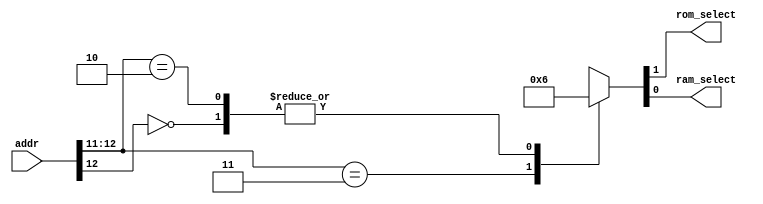
`timescale 1ns / 1ns

module CPU_Address_Decoder(addr,rom_select,ram_select);
output rom_select,ram_select;
input[12:0] addr;
reg rom_select,ram_select;
always @(addr)
begin
	casex(addr)
		13'b11xxxxxxxxxxx:
			begin
				{rom_select,ram_select}<=2'b01;
			end
		13'b0xxxxxxxxxxxx:
			begin
				{rom_select,ram_select}<=2'b10;
			end
		13'b10xxxxxxxxxxx:
			begin
				{rom_select,ram_select}<=2'b10;
			end
		default:
			begin
				{rom_select,ram_select}<=2'b00;
			end
	endcase
end


endmodule